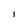
Character: I